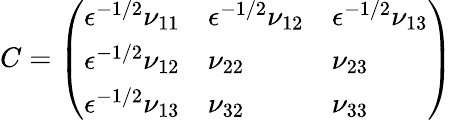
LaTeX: C=\left(\begin{array}{lll}{\epsilon^{-1/2}\nu_{11}}&{\epsilon^{-1/2}\nu_{12}}&{\epsilon^{-1/2}\nu_{13}}\\ {\epsilon^{-1/2}\nu_{12}}&{\nu_{22}}&{\nu_{23}}\\ {\epsilon^{-1/2}\nu_{13}}&{\nu_{32}}&{\nu_{33}}\end{array}\right)